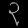
Digit: ၃